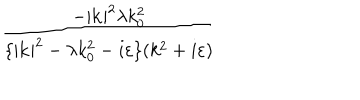
\frac { - | \mathbf { k } | ^ { 2 } \lambda k _ { 0 } ^ { 2 } } { \{ | \mathbf { k } | ^ { 2 } - \lambda k _ { 0 } ^ { 2 } - i \varepsilon \} ( k ^ { 2 } + i \varepsilon ) }